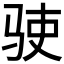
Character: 𬳺